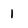
Character: 1